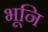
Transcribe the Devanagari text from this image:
भूनि